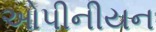
ઓપીનીયન